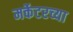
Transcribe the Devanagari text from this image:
मर्केटरच्या